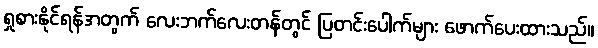
ရှုစားနိုင်ရန်အတွက် လေးဘက်လေးတန်တွင် ပြတင်းပေါက်များ ဖောက်ပေးထားသည်။